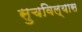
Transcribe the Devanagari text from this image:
सुचविल्यास